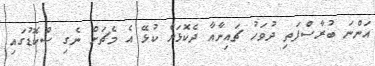
އަންނަ ބުރާސްފަތި ދުވަހު ޗައިނާއާ ދެކޮޅަށް ކުޅޭ އެ މެޗަށް ނެގި ސްކޮޑުގައި